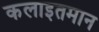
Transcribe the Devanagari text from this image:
कलाइतमान